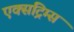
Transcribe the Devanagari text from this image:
एक्सट्रिम्स